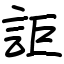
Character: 詎